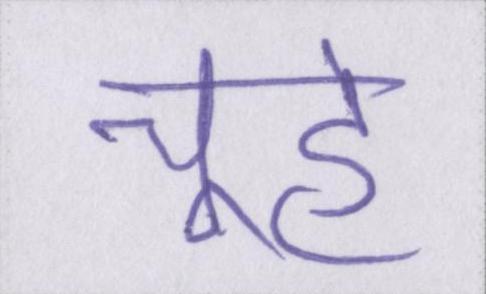
चूहे